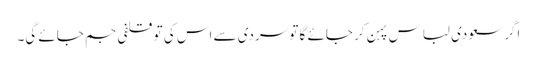
اگر سعودی لباس پہن کر جائے گا تو سردی سے اس کی تو قلفی جم جائے گی۔